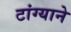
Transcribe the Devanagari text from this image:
टांग्याने